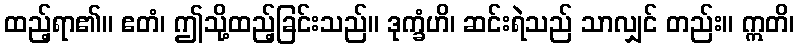
ထည့်ရာ၏။ ဧတံ၊ ဤသို့ထည့်ခြင်းသည်။ ဒုက္ခံဟိ၊ ဆင်းရဲသည် သာလျှင် တည်း။ ဣတိ၊